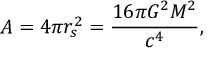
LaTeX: A = 4 \pi r _ { s } ^ { 2 } = { \frac { 1 6 \pi G ^ { 2 } M ^ { 2 } } { c ^ { 4 } } } ,